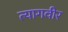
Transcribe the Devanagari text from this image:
त्यागवीर